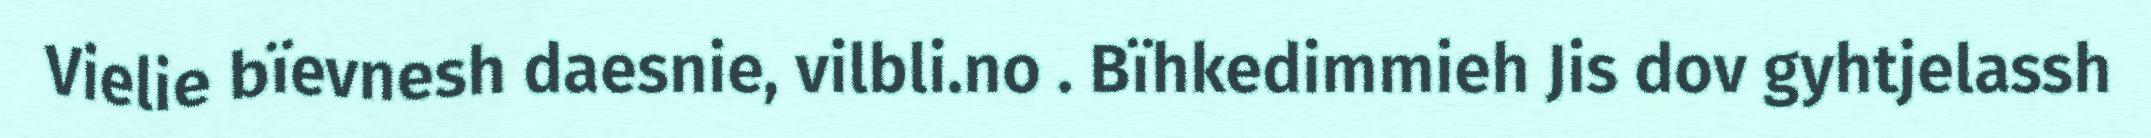
Vielie bïevnesh daesnie, vilbli.no . Bïhkedimmieh Jis dov gyhtjelassh